Sketch of the medical history of the native army of Bombay, for the year
Year: 1872
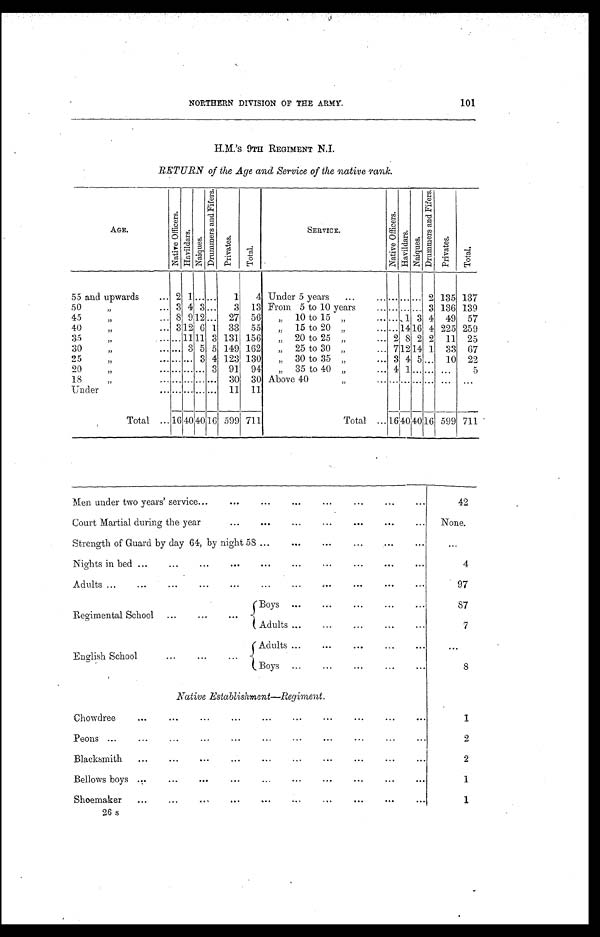
NORTHERN DIVISION OF THE ARMY.
101
H.M.'s 9TH REGIMENT N.I.
RETURN of the Age and Service of the native rank.
AGE.
N a t i v e O f f i c e r s .
H a v i l d a r s .
N a i q u e s .
D r u m m e r s a n d F i f e r s .
P r i v a t e s .
T o t a l .
SERVICE.
N a t i v e O f f i c e r s .
H a v i l d a r s .
N a i q u e s .
D r u m m e r s a n d F i f e r s .
P r i v a t e s .
T o t a l .
55 and upwards
2 1
. . .
...
1
4 Under 5 years
... ... . . .
2 135 137
50
" 3 4 3
3 13 From 5 to 10 years
... ... . . . 3 136 139
45
" 8 9
1 2
...
27 56
" 10 to 15 " ... 1 3 4 49 57
40
" 3 12 6 1 33 55
" 15 to 20 " ... 14 16 4 225 259
35 " . . .
11 11 3 131 156
" 20 to 25 " 2 8 2 2 11 25
30
" . . . 3 5 5 149 162
" 25 to 30 " 7 12 14 1 33 67
25
" . . . ... 3 4 123 130
" 30 to 35 " 3 4 5 ... 10 22
2 0 " . . .
...
. . . 3 91 94
" 35 to 40 "
4 1
. . . . . . ...
5
18
" . . .
...
. . . . . . 30 30 Above 40 " ... ... . . . . . . ...
. . .
U n d e r
. . .
...
. . . . . .
11 11
Total
16 40 40 16 599 711
Total
16 40 40 16 599 711
Men under two years' service
42
Court Martial during the year
None.
Strength of Guard by day 64, by night 58
. . .
Nights in bed
4
Adults
97
Regimental School
Boys
87
Adults
7
English School
Adults
. . .
Boys
8
Native Establishment—Regiment.
Chowdree
1
Peons
2
Blacksmith
2
Bellows boys
1
Shoemaker
1
26 s